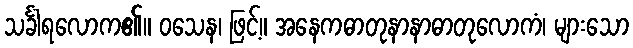
သင်္ခါရလောက၏။ ဝသေန၊ ဖြင့်။ အနေကဓာတုနာနာဓာတုလောကံ၊ များသော